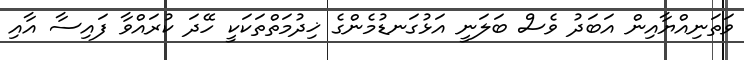
ވަތަނިއްޔާއިން އަބަދު ވެސް ބަލަނީ އަޅުގަނޑުމެންގެ ޚިދުމަތްތަކަކީ ހޭދަ ކުރައްވާ ފައިސާ އާއި